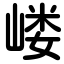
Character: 嵝